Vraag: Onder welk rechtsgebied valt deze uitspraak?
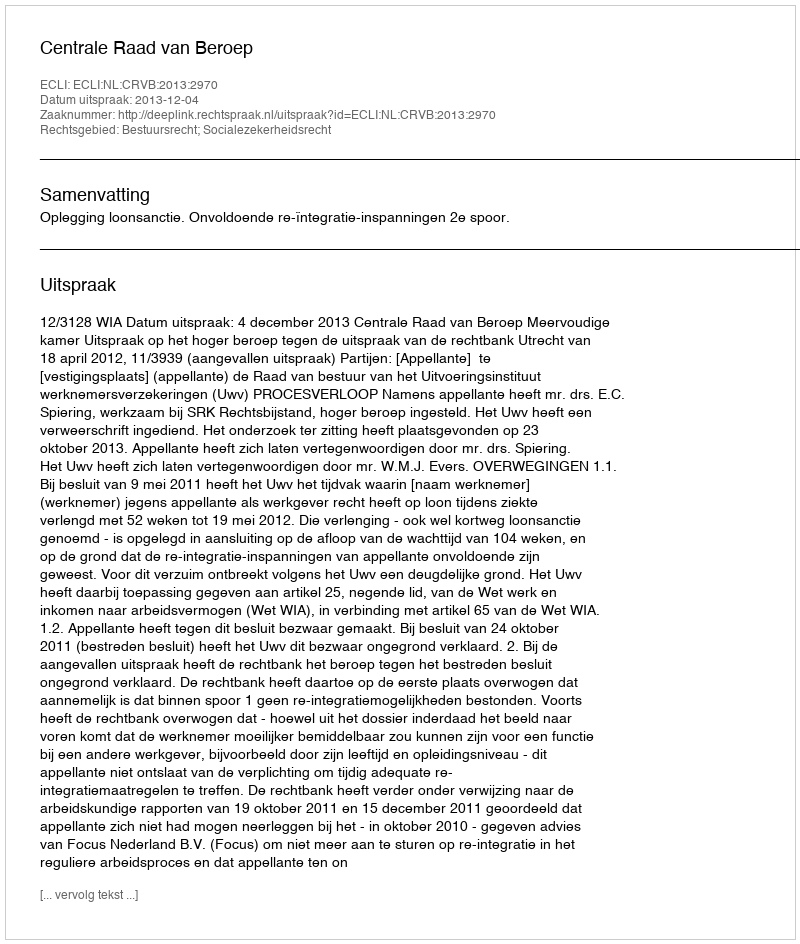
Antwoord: Bestuursrecht; Socialezekerheidsrecht